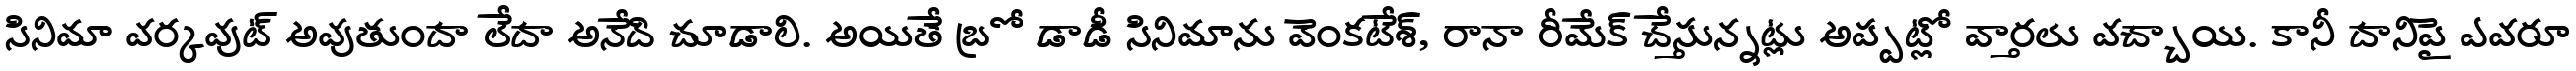
సినిమా వర్కవుట్ అవుతుందా లేదా అనేది చూడాలి. అయితే బ్రో డాడీ సినిమాను వెంకటేశ్, రానా రీమేక్ చేస్తున్నట్లు అప్పట్లో వార్తలు వచ్చాయి. కానీ దానిపై ఎవరూ